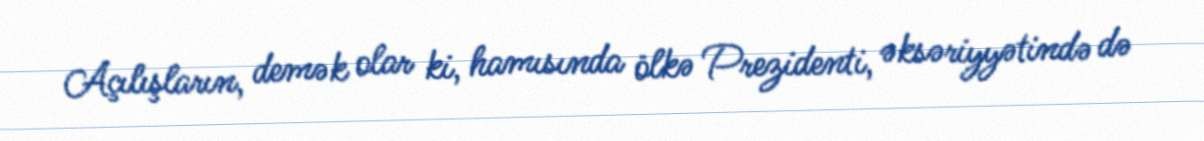
Açılışların, demək olar ki, hamısında ölkə Prezidenti, əksəriyyətində də